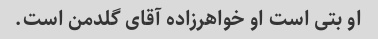
او بتی است او خواهرزاده آقای گلدمن است.